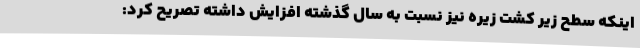
اینکه سطح زیر کشت زیره نیز نسبت به سال گذشته افزایش داشته تصریح کرد: